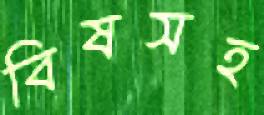
বিষসহ